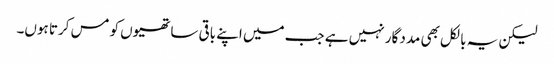
لیکن یہ بالکل بھی مدد گار نہیں ہے جب میں اپنے باقی ساتھیوں کو مس کرتا ہوں۔